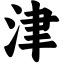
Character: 津